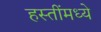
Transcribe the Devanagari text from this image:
हस्तींमध्ये